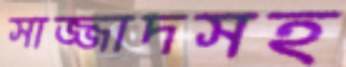
সাজ্জাদসহ